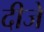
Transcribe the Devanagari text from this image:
दीजे